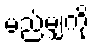
မည်မျှကို